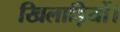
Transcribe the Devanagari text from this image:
खिलाड़ियों।